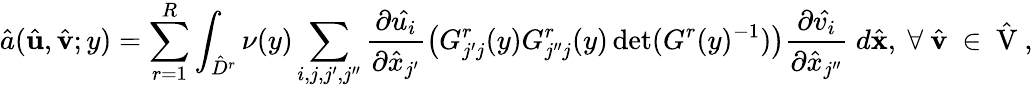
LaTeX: \hat{a}(\hat{\textbf{u}},\hat{\textbf{v}};y)=\sum_{r=1}^{R}\int_{\hat{D}^{r}}\nu(y)\sum_{i,j,j^{\prime},j^{\prime\prime}}\frac{\partial\hat{u_{i}}}{\partial\hat{x}_{j^{\prime}}}\big(G_{j^{\prime}j}^{r}(y)G_{j^{\prime\prime}j}^{r}(y)\operatorname*{det}(G^{r}(y)^{-1})\big)\frac{\partial\hat{v_{i}}}{\partial\hat{x}_{j^{\prime\prime}}}\ d\hat{\mathbf{x}},\mathrm{~\forall~\hat{\textbf{v}}~\in~\hat{V}~},